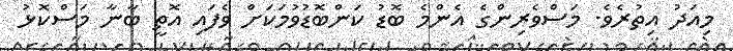
މިއަދު އިތުރެވެ. މަސްވެރިންގެ އެންމެ ބޮޑު ކަންބޮޑުވުމަކަށް ވެފައި އޮތީ ބާނާ މަސްކޮޅު